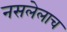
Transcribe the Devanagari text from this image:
नसलेलाच